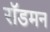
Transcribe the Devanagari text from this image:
रॉडमन